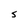
Character: S